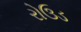
રોઉડ